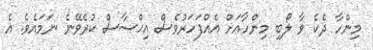
މިންހާ ދެކެ ވާ ލޯބި މިންހާއަށް އެއްފަހަރުވެސް އިޙްސާސް ކުރެވޭނެ ނަމައެވެ. އެ